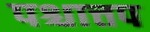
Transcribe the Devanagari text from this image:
पश्चात्तप